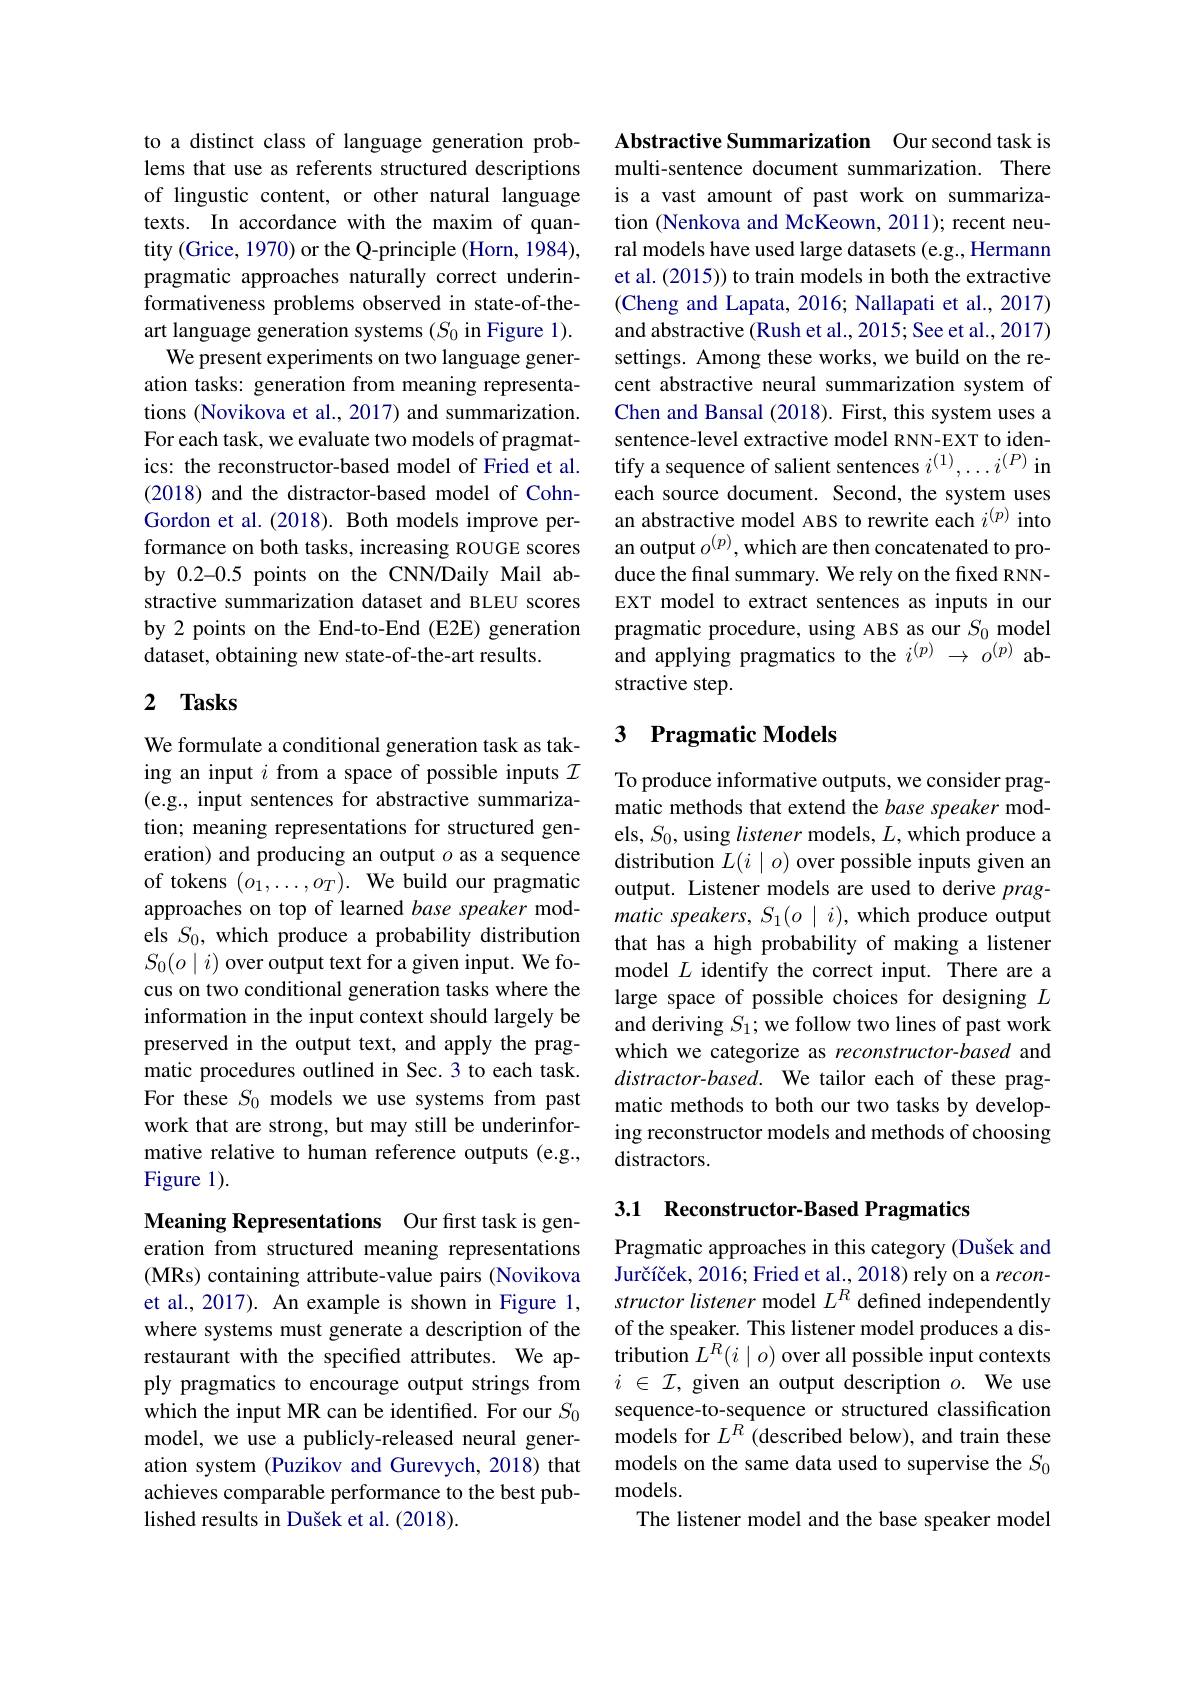
to a distinct class of language generation problems that use as referents structured descriptions of lingustic content, or other natural language texts. In accordance with the maxim of quantity (Grice, 1970) or the Q-principle (Horn, 1984), pragmatic approaches naturally correct underinformativeness problems observed in state-of-theart language generation systems $(S_0$ in Figure 1).
We present experiments on two language generation tasks: generation from meaning representations (Novikova et al., 2017) and summarization. For each task, we evaluate two models of pragmatics: the reconstructor-based model of Fried et al. (2018) and the distractor-based model of CohnGordon et al. (2018). Both models improve performance on both tasks, increasing ROUGE scores by 0.2-0.5 points on the CNN/Daily Mail abstractive summarization dataset and BLEU scores by 2 points on the End-to-End (E2E) generation dataset, obtaining new state-of-the-art results.

## 2 $\mathbf{Tasks}$

We formulate a conditional generation task as taking an input $i$ from a space of possible inputs $\mathcal{I}$ (e.g., input sentences for abstractive summarization; meaning representations for structured generation) and producing an output $o$ as a sequence of tokens $(o_1,\ldots,o_T).$ We build our pragmatic approaches on top of learned base speaker models $S_0$, which produce a probability distribution $S_0(o\mid i)$ over output text for a given input. We focus on two conditional generation tasks where the information in the input context should largely be preserved in the output text, and apply the pragmatic procedures outlined in Sec.3 to each task. For these $S_0$ models we use systems from past work that are strong, but may still be underinformative relative to human reference outputs (e.g., Figure 1).

Meaning Representations Our first task is generation from structured meaning representations (MRs) containing attribute-value pairs (Novikova et al., 2017). An example is shown in Figure 1, where systems must generate a description of the restaurant with the specifed attributes. We apply pragmatics to encourage output strings from which the input MR can be identified. For our $S_{0}$ model, we use a publicly-released neural generation system (Puzikov and Gurevych, 2018) that achieves comparable performance to the best published results in Dušek et al. (2018).

Abstractive Summarization Our second task is multi-sentence document summarization. There is a vast amount of past work on summarization (Nenkova and McKeown, 2011); recent neural models have used large datasets (e.g., Hermann et al. (2015)) to train models in both the extractive (Cheng and Lapata, 2016; Nallapati et al., 2017) and abstractive (Rush et al., 2015; See et al., 2017) settings. Among these works, we build on the recent abstractive neural summarization system of Chen and Bansal (2018). First, this system uses a sentence-level extractive model RNN-EXT to identify a sequence of salient sentences $i^{(1)},\ldots i^{(P)}$ in each source document. Second, the system uses an abstractive model ABS to rewrite each $i^{(p)}$ into an output $o^{(p)}$, which are then concatenated to produce the final summary. We rely on the fixed RNNEXT model to extract sentences as inputs in our pragmatic procedure, using ABS as our $S_{0}$ model and applying pragmatics to the $i^{(p)}\to o^{(p)}$ abstractive step.

## 3 Pragmatic Models

To produce informative outputs, we consider pragmatic methods that extend the base speaker models, $S_0$, using listener models, $L$, which produce a distribution $L(i\mid o)$ over possible inputs given an output. Listener models are used to derive $prag-$ matic speakers, $S_1(o\mid i)$, which produce output that has a high probability of making a listener model $L$ identify the correct input. There are a large space of possible choices for designing $L$ and deriving $S_1;$we follow two lines of past work which we categorize as reconstructor-based and distractor-based. We tailor each of these pragmatic methods to both our two tasks by developing reconstructor models and methods of choosing distractors.

## 3.1 Reconstructor-Based Pragmatics

Pragmatic approaches in this category (Dušek and Jurčíček, 2016; Fried et al., 2018) rely on a reconstructor listener model $L^R$ defined independently of the speaker. This listener model produces a distribution $L^R(i\mid o)$ over all possible input contexts $i$ $\in$ $\mathcal{I} $, given an output description $o.$ We use sequence-to-sequence or structured classification ${\dot{\text{models for }L}^{R}}({\dot{\text{described below), and train these}}}$ models on the same data used to supervise the $S_0$ models.
The listener model and the base speaker model